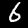
Digit: 6